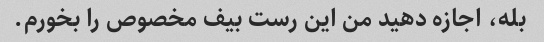
بله، اجازه دهید من این رست بیف مخصوص را بخورم.